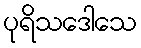
ပုရိသဒေါသေ